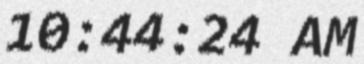
10:44:24 AM